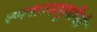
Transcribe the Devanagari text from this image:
स्मशानभूमीची